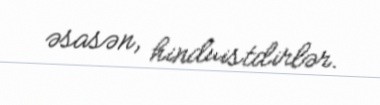
əsasən, hinduistdirlər.